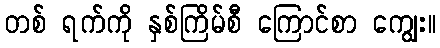
တစ် ရက်ကို နှစ်ကြိမ်စီ ကြောင်စာ ကျွေး။